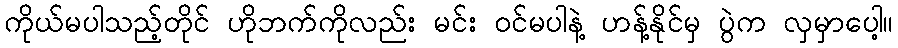
ကိုယ်မပါသည့်တိုင် ဟိုဘက်ကိုလည်း မင်း ဝင်မပါနဲ့ ဟန့်နိုင်မှ ပွဲက လှမှာပေါ့။